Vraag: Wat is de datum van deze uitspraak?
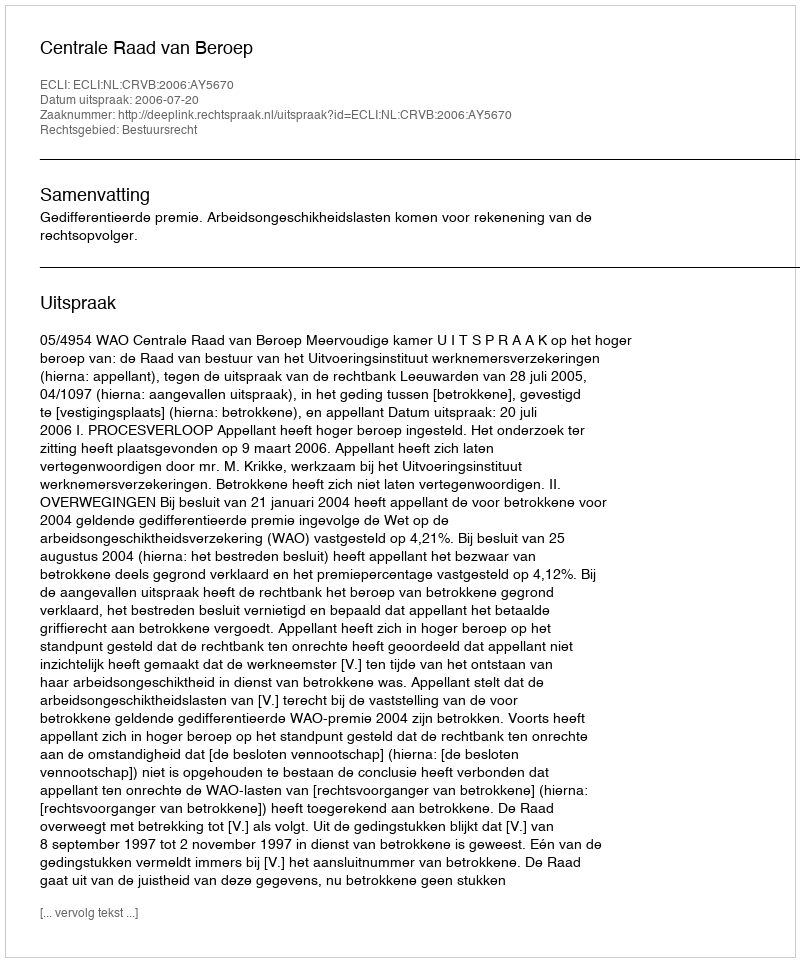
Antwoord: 2006-07-20